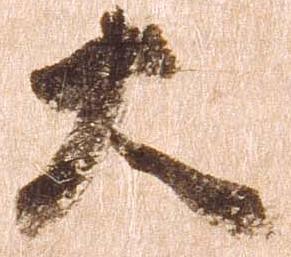
大